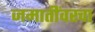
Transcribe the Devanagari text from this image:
जमातींवरचा